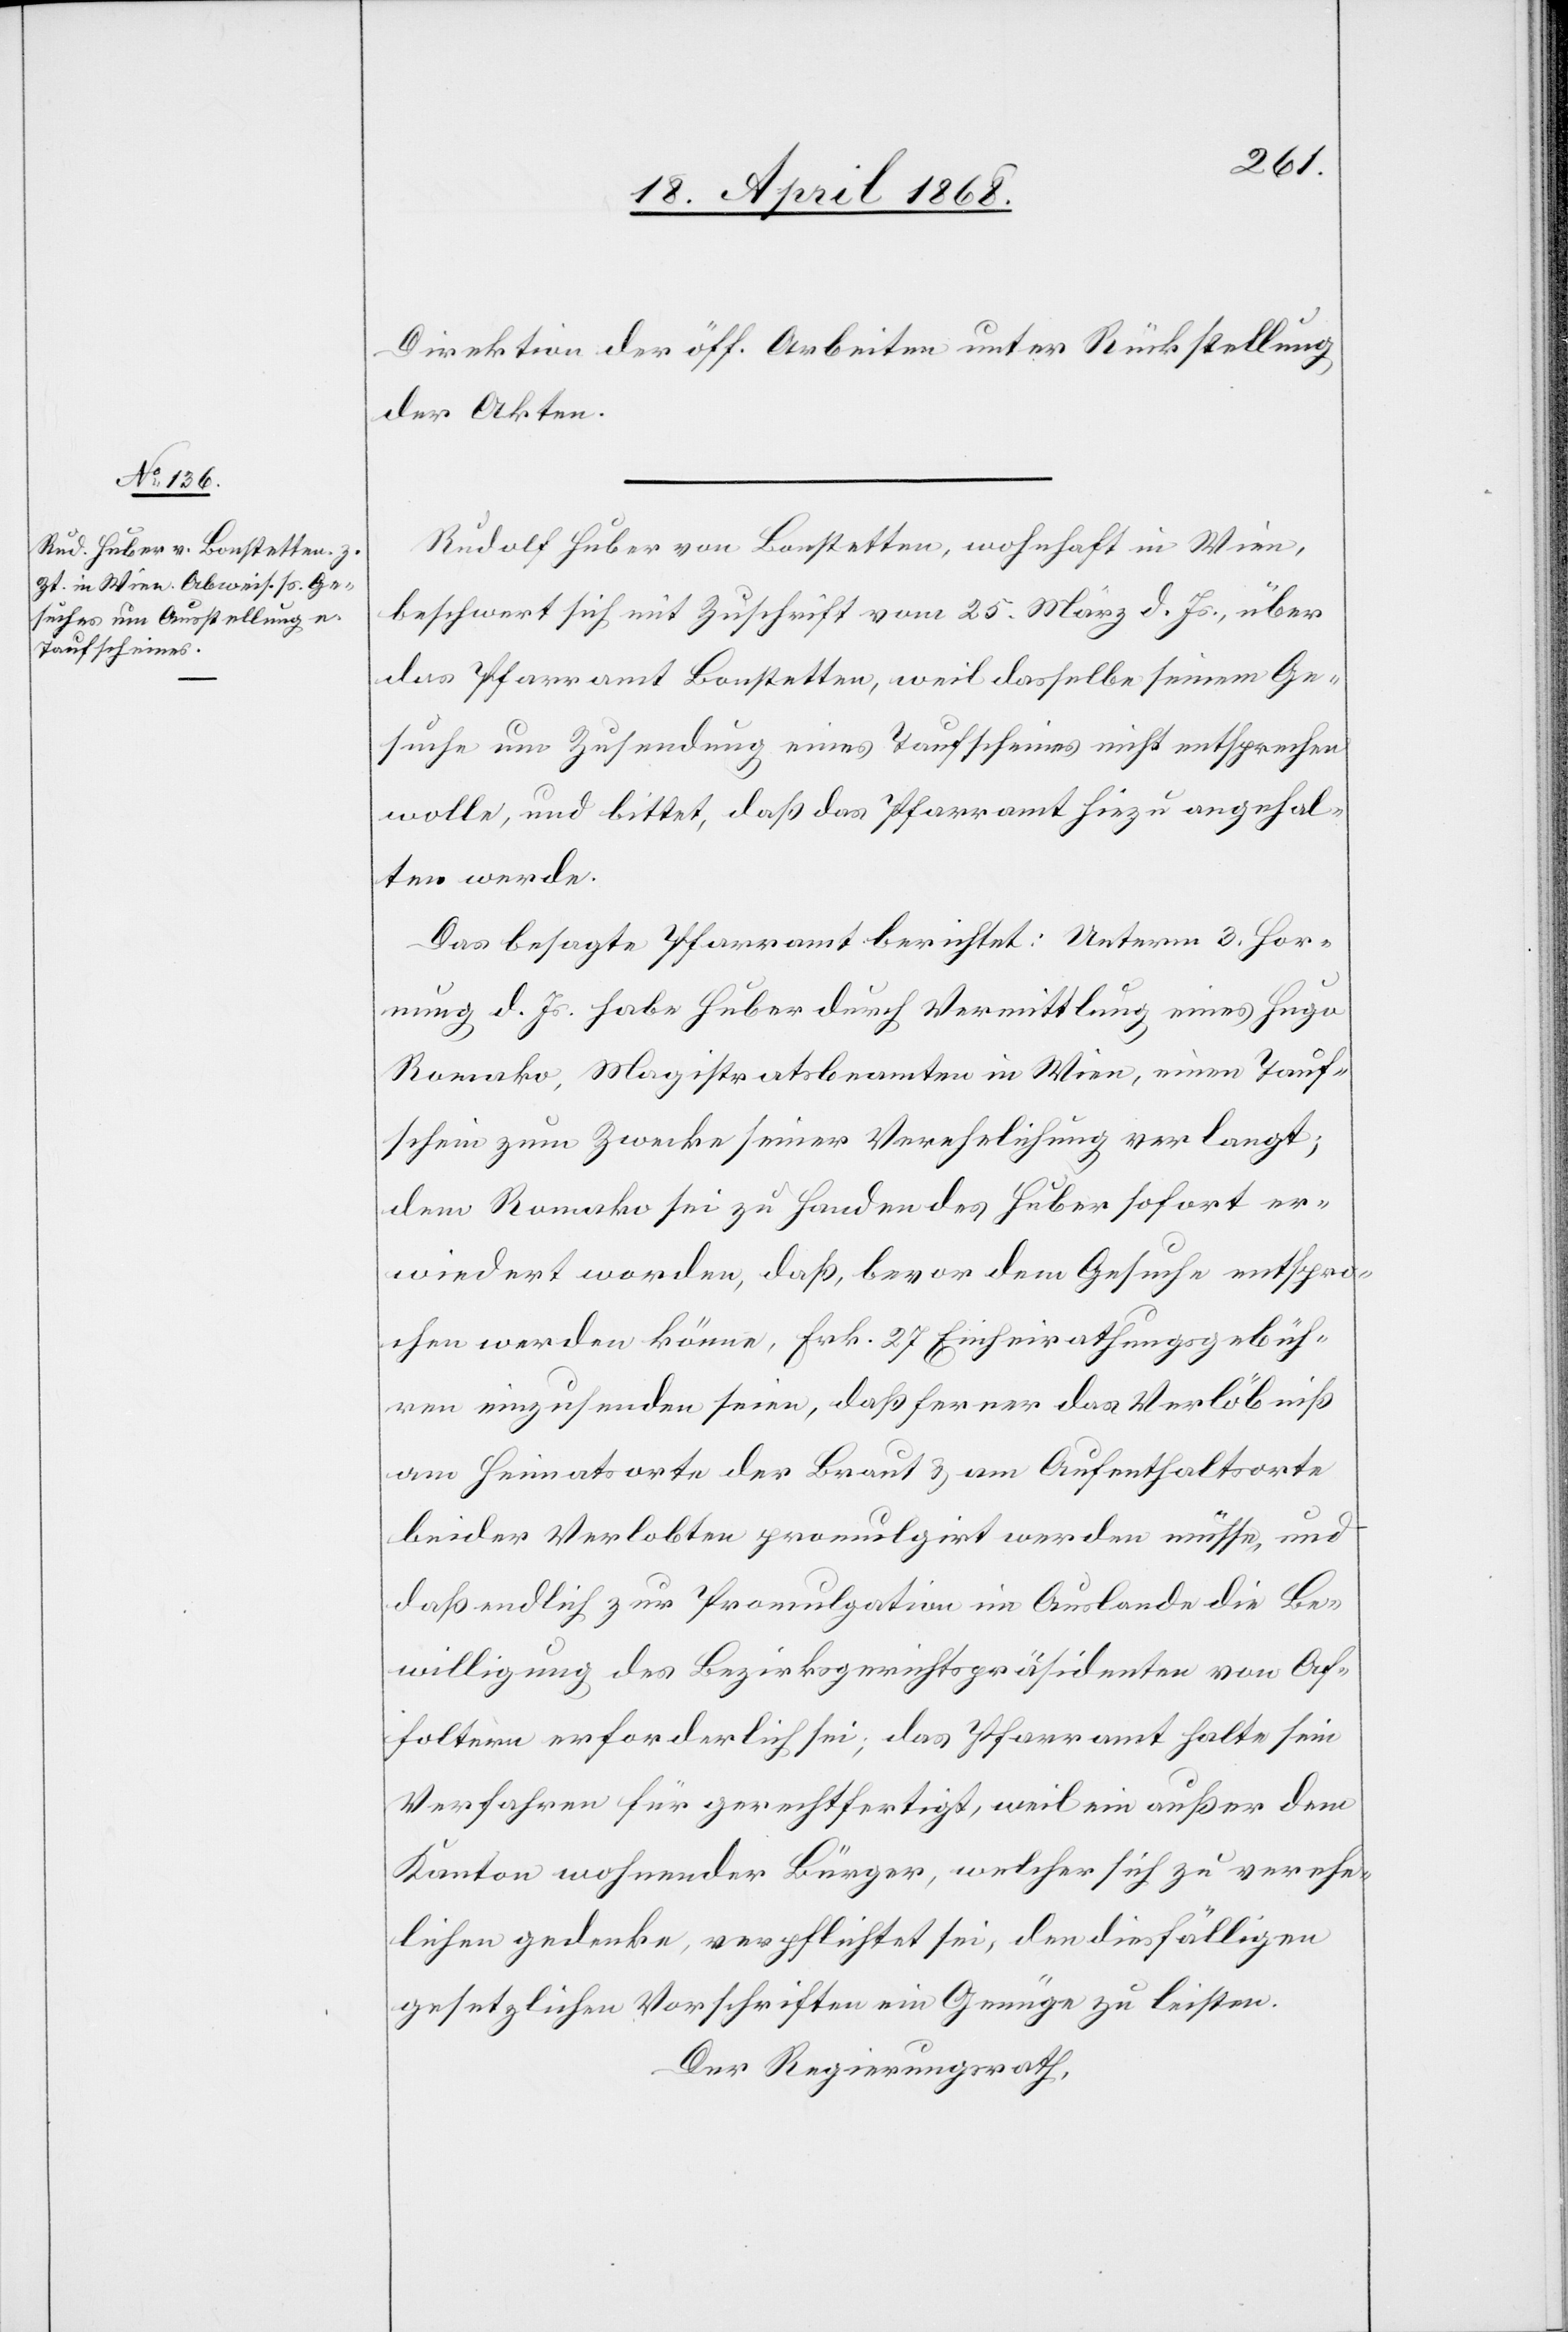
Direktion der öff. Arbeiten unter Rückstellung
der Akten.
Rudolf Huber von Bonstetten, wohnhaft in Wien,
beschwert sich mit Zuschrift vom 25. März d. Js., über
das Pfarramt Bonstetten, weil dasselbe seinem Ge¬
suche um Zusendung eines Taufscheines nicht entsprechen
wolle, und bittet, daß das Pfarramt hiezu angehal¬
ten werde.
Das besagte Pfarramt berichtet: Unterm 3. Hor¬
nung d. Js. habe Huber durch Vermittlung eines Hugo
Romako, Magistratsbeamten in Wien, einen Tauf¬
schein zum Zwecke seiner Verehelichung verlangt;
dem Romako sei zu Handen des Huber sofort er¬
wiedert worden, daß, bevor dem Gesuche entspro¬
chen werden könne, Frk. 27 Einheirathungsgebüh¬
ren einzusenden seien, daß ferner das Verlöbniß
am Heimatsorte der Braut & am Aufenthaltsorte
beider Verlobten promulgirt werden müsse, und
daß endlich zur Promulgation im Auslande die Be¬
willigung des Bezirksgerichtspräsidenten von Af¬
foltern erforderlich sei; das Pfarramt halte sein
Verfahren für gerechtfertigt, weil ein außer dem
Kanton wohnender Bürger, welcher sich zu verehe¬
lichen gedenke, verpflichtet sei, den diesfälligen
gesetzlichen Vorschriften ein Genüge zu leisten.
Der Regierungsrath,